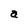
Character: a